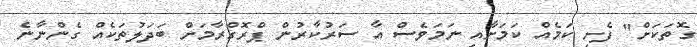
ގޮތަކަށް" ފެށި ކަމެއް ކަމަށާއި ނަމަވެސް އާ ސަރުކާރުން ޕްރޮގްރާމަށް ބަދަލުތަކެއް ގެންނާނެ